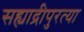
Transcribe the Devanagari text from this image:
सह्याद्रीपुरत्या